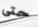
حتى